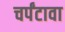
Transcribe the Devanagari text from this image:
चर्पंटावा